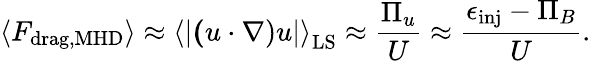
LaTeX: \left\langle F_{\mathrm{drag,MHD}}\right\rangle\approx\left\langle{\lvert\mathbf(u\cdot\nabla)u\rvert}\right\rangle_{\mathrm{LS}}\approx\frac{\Pi_{u}}{U}\approx\frac{\epsilon_{\mathrm{inj}}-\Pi_{B}}{U}.